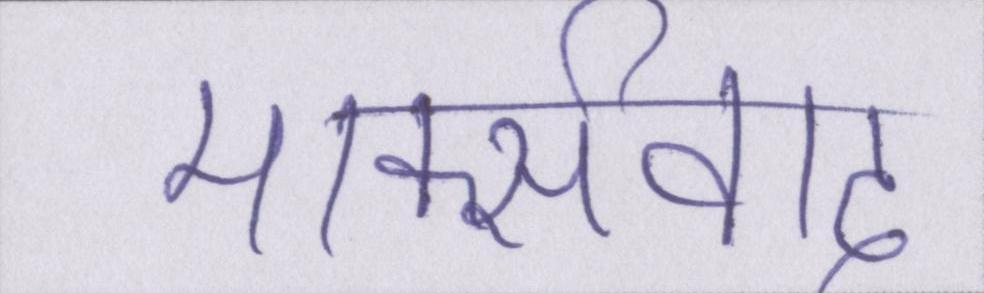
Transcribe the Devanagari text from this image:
मार्क्सवाद